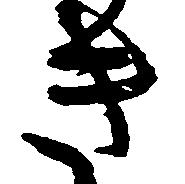
き